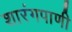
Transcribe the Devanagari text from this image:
शारंगपाणी